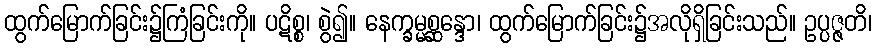
ထွက်မြောက်ခြင်း၌ကြံခြင်းကို။ ပဋိစ္စ၊ စွဲ၍။ နေက္ခမ္မစ္ဆန္ဒော၊ ထွက်မြောက်ခြင်း၌အလိုရှိခြင်းသည်။ ဥပ္ပဇ္ဇတိ၊